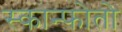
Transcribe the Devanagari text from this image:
स्कान्फोतो